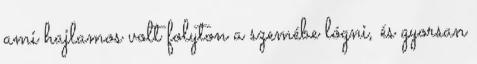
ami hajlamos volt folyton a szemébe lógni, és gyorsan